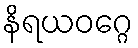
နိရယဝဂ္ဂေ